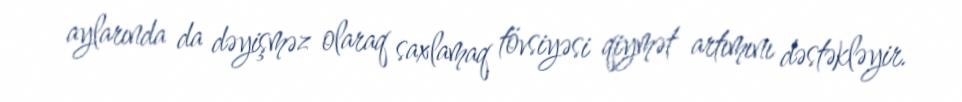
aylarında da dəyişməz olaraq saxlamaq tövsiyəsi qiymət artımını dəstəkləyir.